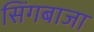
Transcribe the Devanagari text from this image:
सिंगबाजा